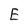
Character: E